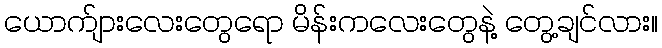
ယောက်ျားလေးတွေရော မိန်းကလေးတွေနဲ့ တွေ့ချင်လား။